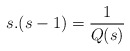
\begin{align*}s.(s-1)=\frac{1}{Q(s)}\end{align*}